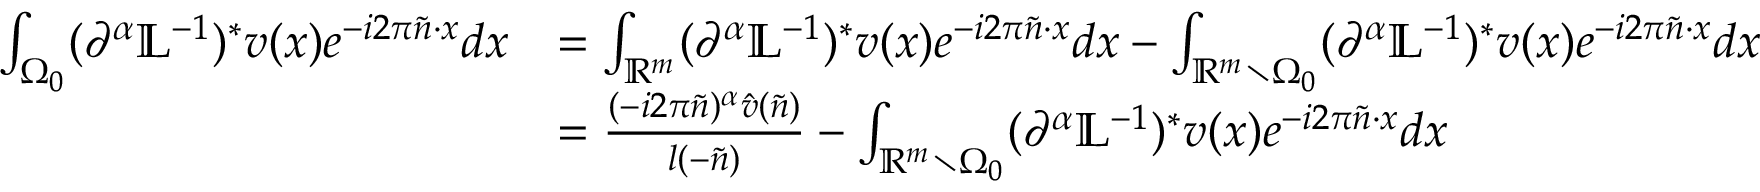
\begin{array} { r l } { \int _ { { \Omega _ { 0 } } } ( \partial ^ { \alpha } \mathbb { L } ^ { - 1 } ) ^ { * } v ( x ) e ^ { - i 2 \pi \tilde { n } \cdot x } d x } & { = \int _ { \mathbb { R } ^ { m } } ( \partial ^ { \alpha } \mathbb { L } ^ { - 1 } ) ^ { * } v ( x ) e ^ { - i 2 \pi \tilde { n } \cdot x } d x - \int _ { \mathbb { R } ^ { m } \setminus { \Omega _ { 0 } } } ( \partial ^ { \alpha } \mathbb { L } ^ { - 1 } ) ^ { * } v ( x ) e ^ { - i 2 \pi \tilde { n } \cdot x } d x } \\ & { = \frac { ( - i 2 \pi \tilde { n } ) ^ { \alpha } \hat { v } ( \tilde { n } ) } { { l ( - \tilde { n } ) } } - \int _ { \mathbb { R } ^ { m } \setminus { \Omega _ { 0 } } } ( \partial ^ { \alpha } \mathbb { L } ^ { - 1 } ) ^ { * } v ( x ) e ^ { - i 2 \pi \tilde { n } \cdot x } d x } \end{array}